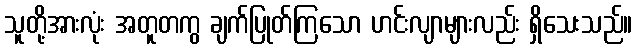
သူတို့အားလုံး အတူတကွ ချက်ပြုတ်ကြသော ဟင်းလျာများလည်း ရှိသေးသည်။